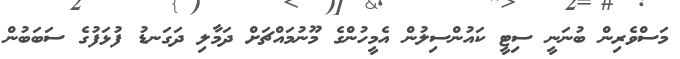
މަސްވެރިން ބުނަނީ ސިޓީ ކައުންސިލުން އެމީހުންގެ މޫނުމައްޗަށް ދަމާލި ދަގަނޑު ފުޅަފުގެ ސަބަބުން